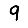
Digit: 9